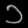
Digit: ၁